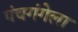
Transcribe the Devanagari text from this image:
पंचगंगेला